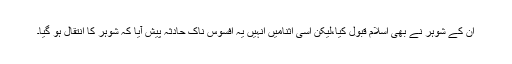
ان کے شوہر نے بھی اسلام قبول کیا،لیکن اسی اثنامیں انہیں یہ افسوس ناک حادثہ پیش آیا کہ شوہر کا انتقال ہو گیا۔